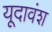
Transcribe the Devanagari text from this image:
यूदावंश